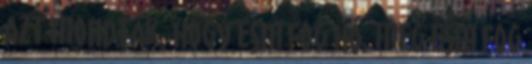
Azt mondták, hogy esni fog hó, meg esni fog